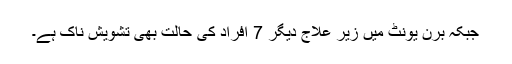
جبکہ برن یونٹ میں زیر علاج دیگر 7 افراد کی حالت بھی تشویش ناک ہے۔